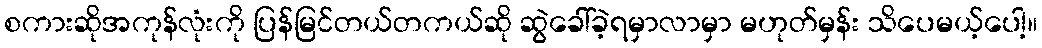
စကားဆိုအကုန်လုံးကို ပြန်မြင်တယ်တကယ်ဆို ဆွဲခေါ်ခဲ့ရမှာလာမှာ မဟုတ်မှန်း သိပေမယ့်ပေါ့။